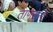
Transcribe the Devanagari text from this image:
ताणलेली